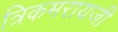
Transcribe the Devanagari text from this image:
त्रिकमरायजी